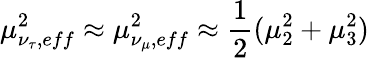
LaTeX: \mu_{\nu_{\tau},eff}^{2}\approx\mu_{\nu_{\mu},eff}^{2}\approx\frac{1}{2}(\mu_{2}^{2}+\mu_{3}^{2})